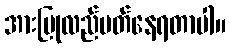
အားပြုလည်ပတ်နေရတာပါ။